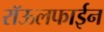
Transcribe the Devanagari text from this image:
रॉऊलफाईन